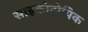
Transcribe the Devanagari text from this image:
साइकोट्रोपिक